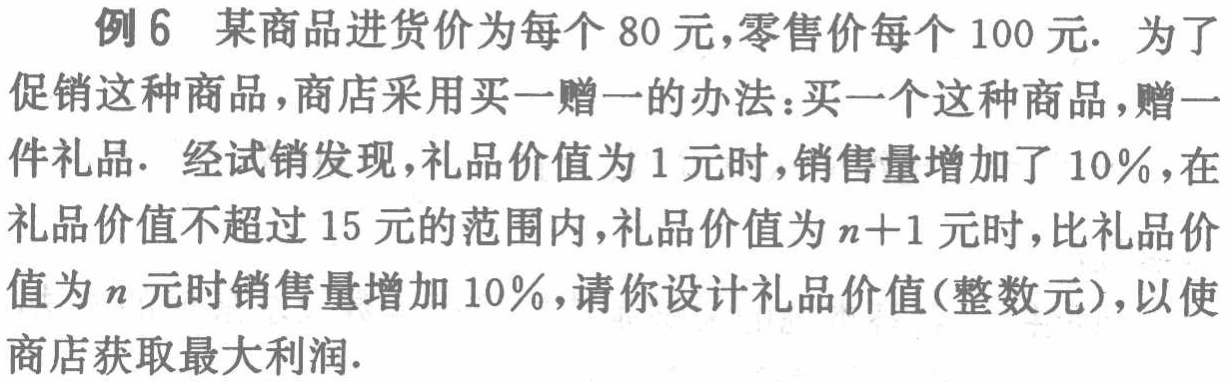
例6 某商品进货价为每个80元,零售价每个100元. 为了促销这种商品,商店采用买一赠一的办法：买一个这种商品,赠一件礼品. 经试销发现,礼品价值为1元时,销售量增加了10％,在礼品价值不超过15元的范围内,礼品价值为$n + 1$元时,比礼品价值为$n$元时销售量增加10％,请你设计礼品价值(整数元),以使商店获取最大利润.